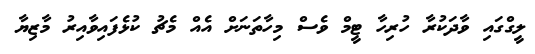
ލީގްގައި ވާދަކުރާ ހުރިހާ ޓީމް ވެސް މިހާތަނަށް އެއް މެޗު ކުޅެފައިވާއިރު މާޒިޔާ